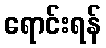
ရောင်းရန်